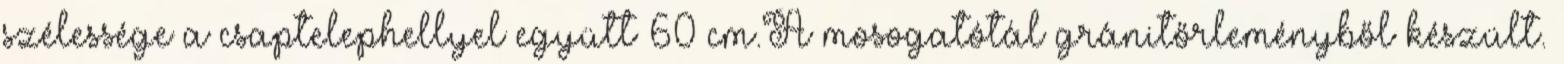
szélessége a csaptelephellyel együtt 60 cm.A mosogatótál gránitőrleményből készült.